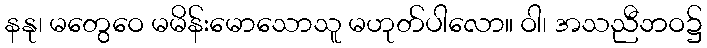
နနု၊ မတွေဝေ မမိန်းမောသောသူ မဟုတ်ပါလော။ ဝါ၊ အသညီဘဝ၌